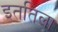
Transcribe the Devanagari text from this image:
इततिला